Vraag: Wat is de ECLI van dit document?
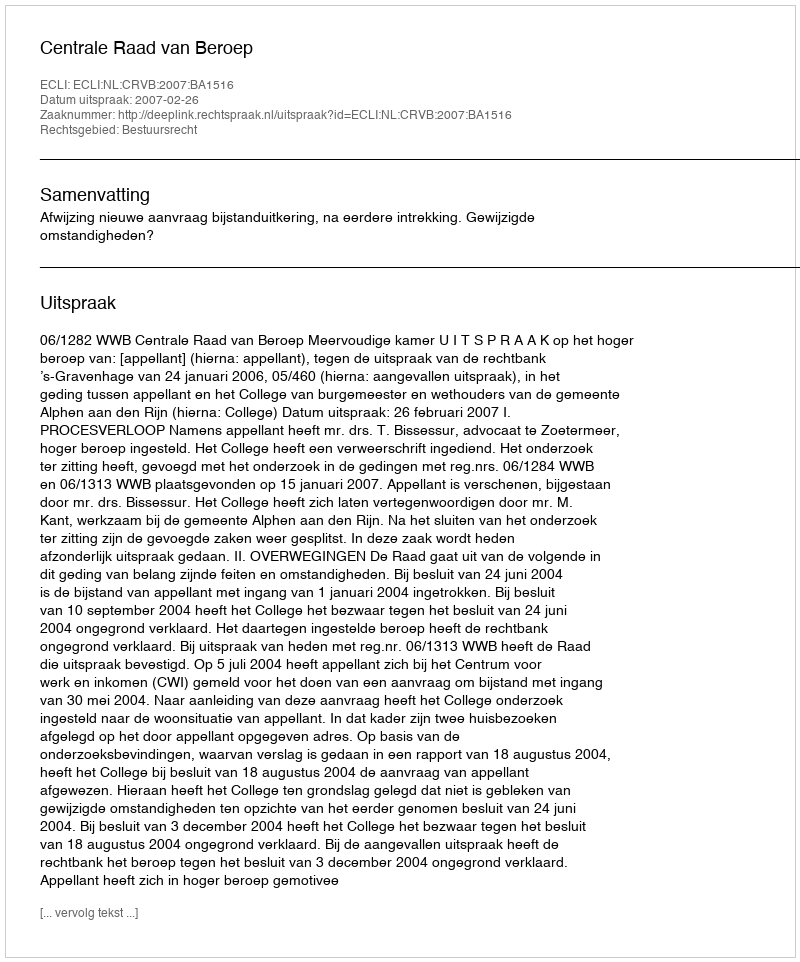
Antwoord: ECLI:NL:CRVB:2007:BA1516